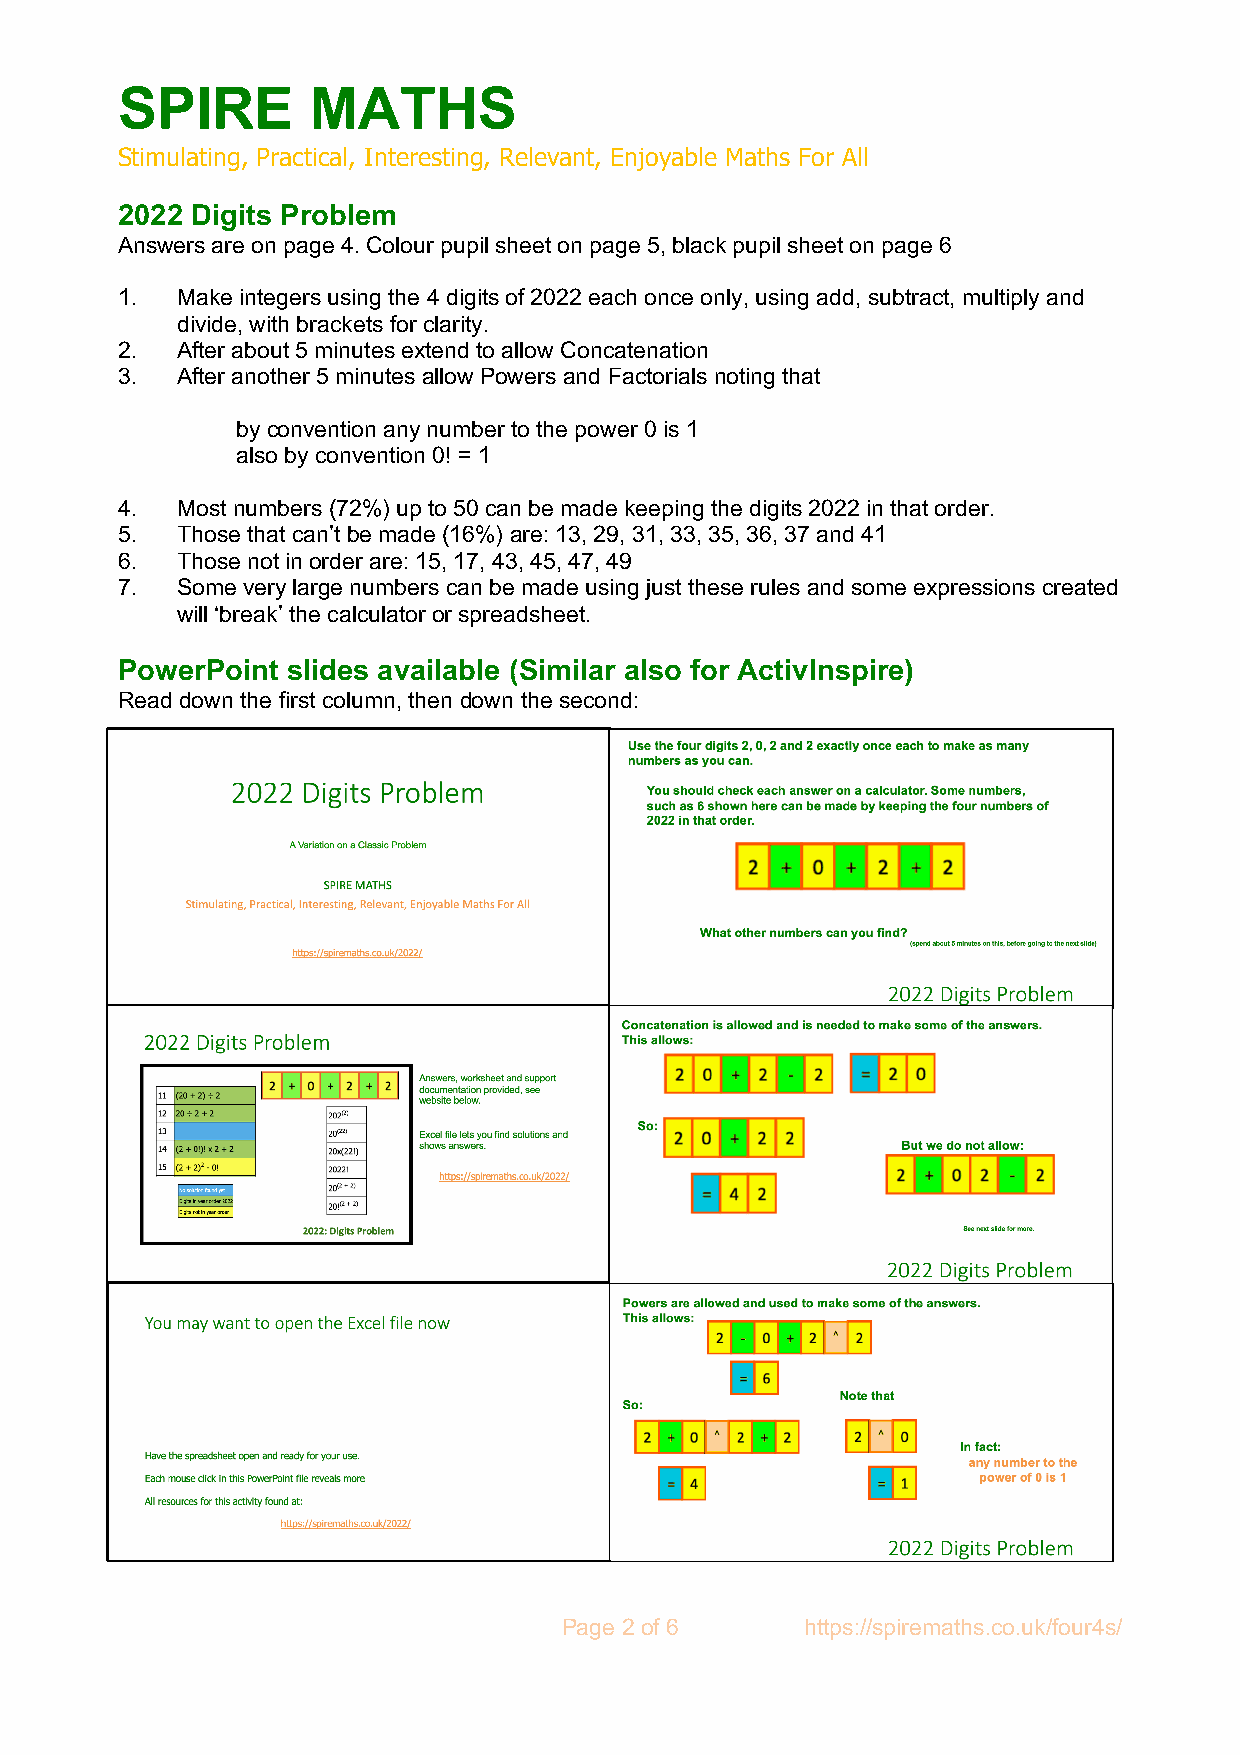
SPIRE       MATHS
 Stimulating, Practical, Interesting, Relevant, Enjoyable Maths For All
 2022 Digits Problem
 Answers are on page 4. Colour pupil sheet on page 5, black pupil sheet on page 6
 1.  Make integers using the 4 digits of 2022 each once only, using add, subtract, multiply and
 divide, with brackets for clarity.
 2.  After about 5 minutes extend to allow Concatenation
 3.  After another 5 minutes allow Powers and Factorials noting that
 by convention any number to the power 0 is 1
 also by convention 0! = 1
 4.  Most numbers (72%) up to 50 can be made keeping the digits 2022 in that order.
 5.  Those that can’t be made (16%) are: 13, 29, 31, 33, 35, 36, 37 and 41
 6.  Those not in order are: 15, 17, 43, 45, 47, 49
 7.  Some very large numbers can be made using just these rules and some expressions created
 will ‘break’ the calculator or spreadsheet.
 PowerPoint slides available (Similar also for ActivInspire)
 Read down the first column, then down the second:
 Page 2 of 6     https://spiremaths.co.uk/four4s/